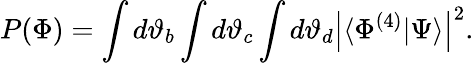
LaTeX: P(\Phi)=\int d\vartheta_{b}\int d\vartheta_{c}\int d\vartheta_{d}\left|\langle{\Phi^{(4)}}|{\Psi}\rangle\right|^{2}.